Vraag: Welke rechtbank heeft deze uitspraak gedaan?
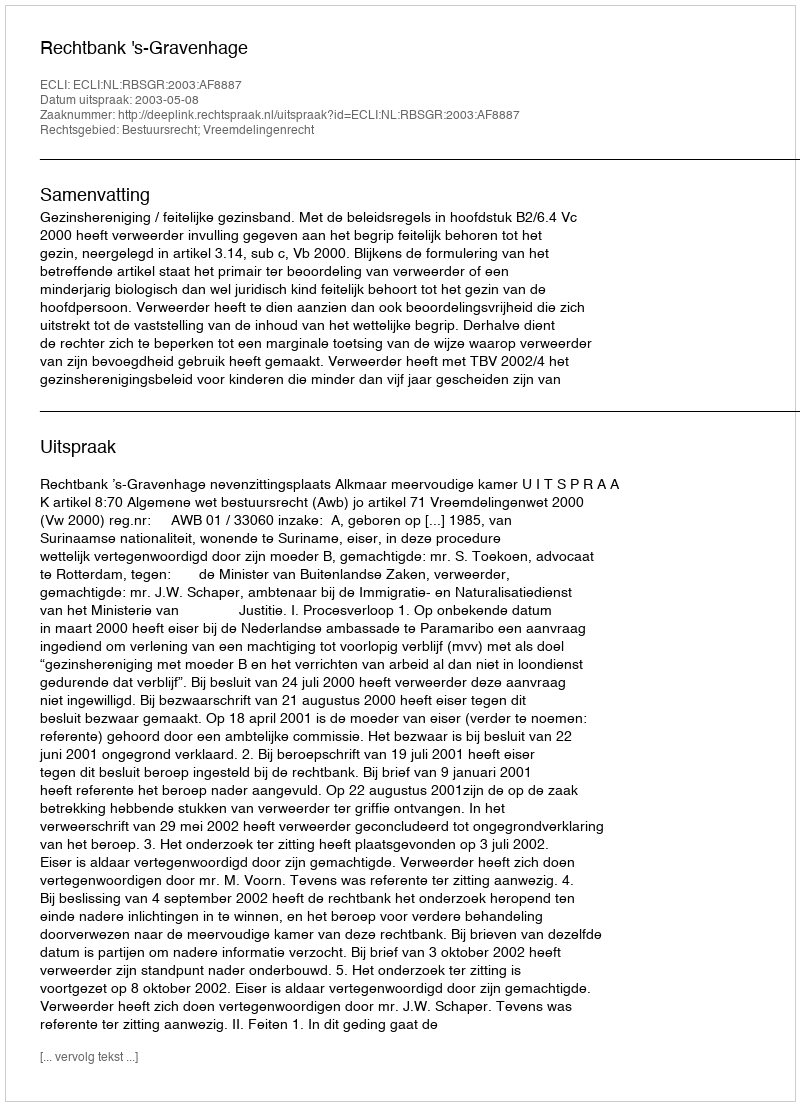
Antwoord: Rechtbank 's-Gravenhage